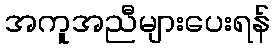
အကူအညီများပေးရန်